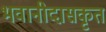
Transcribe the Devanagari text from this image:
भवानीदासकृत